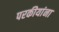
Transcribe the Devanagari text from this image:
परकीयांना